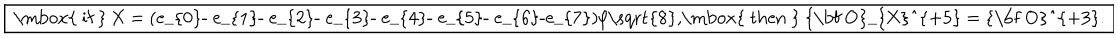
LaTeX: \fbox { \mathrm { ~ i f ~ } X = ( e _ { 0 } - e _ { 1 } - e _ { 2 } - e _ { 3 } - e _ { 4 } - e _ { 5 } - e _ { 6 } - e _ { 7 } ) / \sqrt { 8 } , \mathrm { ~ t h e n ~ } { \bf O } _ { X } ^ { + 5 } = { \bf O } ^ { + 3 } . }